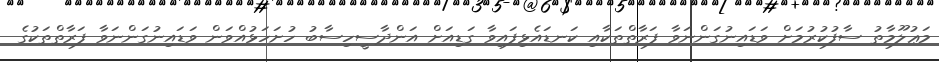
މަޢުލޫމާތު ސާފުކުރުމަށް ވަޑައިނުގަންނަވާ ފަރާތްތަކާއި ކަނޑައެޅިފައިވާ ގަޑިއަށް އަންދާސީހިސާބު ހުށަހަޅުއްވަން ވަޑައިނުގަންނަވާ ފަރާތްތަކުގެ